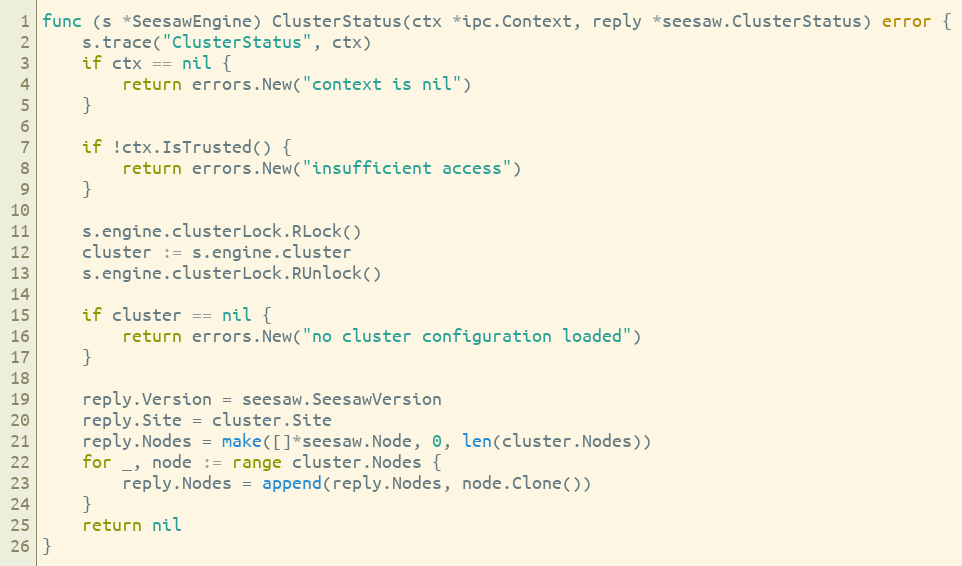
Language: Go
func (s *SeesawEngine) ClusterStatus(ctx *ipc.Context, reply *seesaw.ClusterStatus) error {
	s.trace("ClusterStatus", ctx)
	if ctx == nil {
		return errors.New("context is nil")
	}

	if !ctx.IsTrusted() {
		return errors.New("insufficient access")
	}

	s.engine.clusterLock.RLock()
	cluster := s.engine.cluster
	s.engine.clusterLock.RUnlock()

	if cluster == nil {
		return errors.New("no cluster configuration loaded")
	}

	reply.Version = seesaw.SeesawVersion
	reply.Site = cluster.Site
	reply.Nodes = make([]*seesaw.Node, 0, len(cluster.Nodes))
	for _, node := range cluster.Nodes {
		reply.Nodes = append(reply.Nodes, node.Clone())
	}
	return nil
}